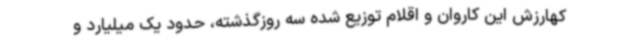
کهارزش این کاروان و اقلام توزیع شده سه روزگذشته، حدود یک میلیارد و